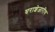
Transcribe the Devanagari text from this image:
घराशेजारीच